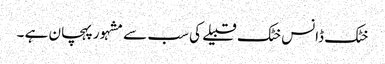
خٹک ڈانس خٹک قبیلے کی سب سے مشہور پہچان ہے ۔